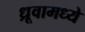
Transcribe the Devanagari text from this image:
ध्रूवामध्ये